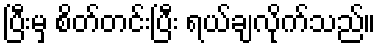
ပြီးမှ စိတ်တင်းပြီး ရယ်ချလိုက်သည်။